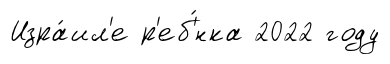
Изра́ил'е р'еб'́нка 2022 году